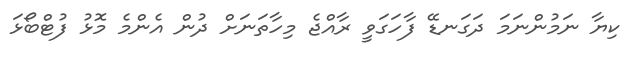
ކިޔާ ނަމުންނަމަ ދަގަނޑޭ ފާހަގަވީ ރާއްޖެ މިހާތަނަށް ދުން އެންމެ މޮޅު ފުޓްބޯޅަ